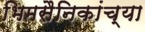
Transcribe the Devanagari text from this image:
भिमसैनिकांच्या